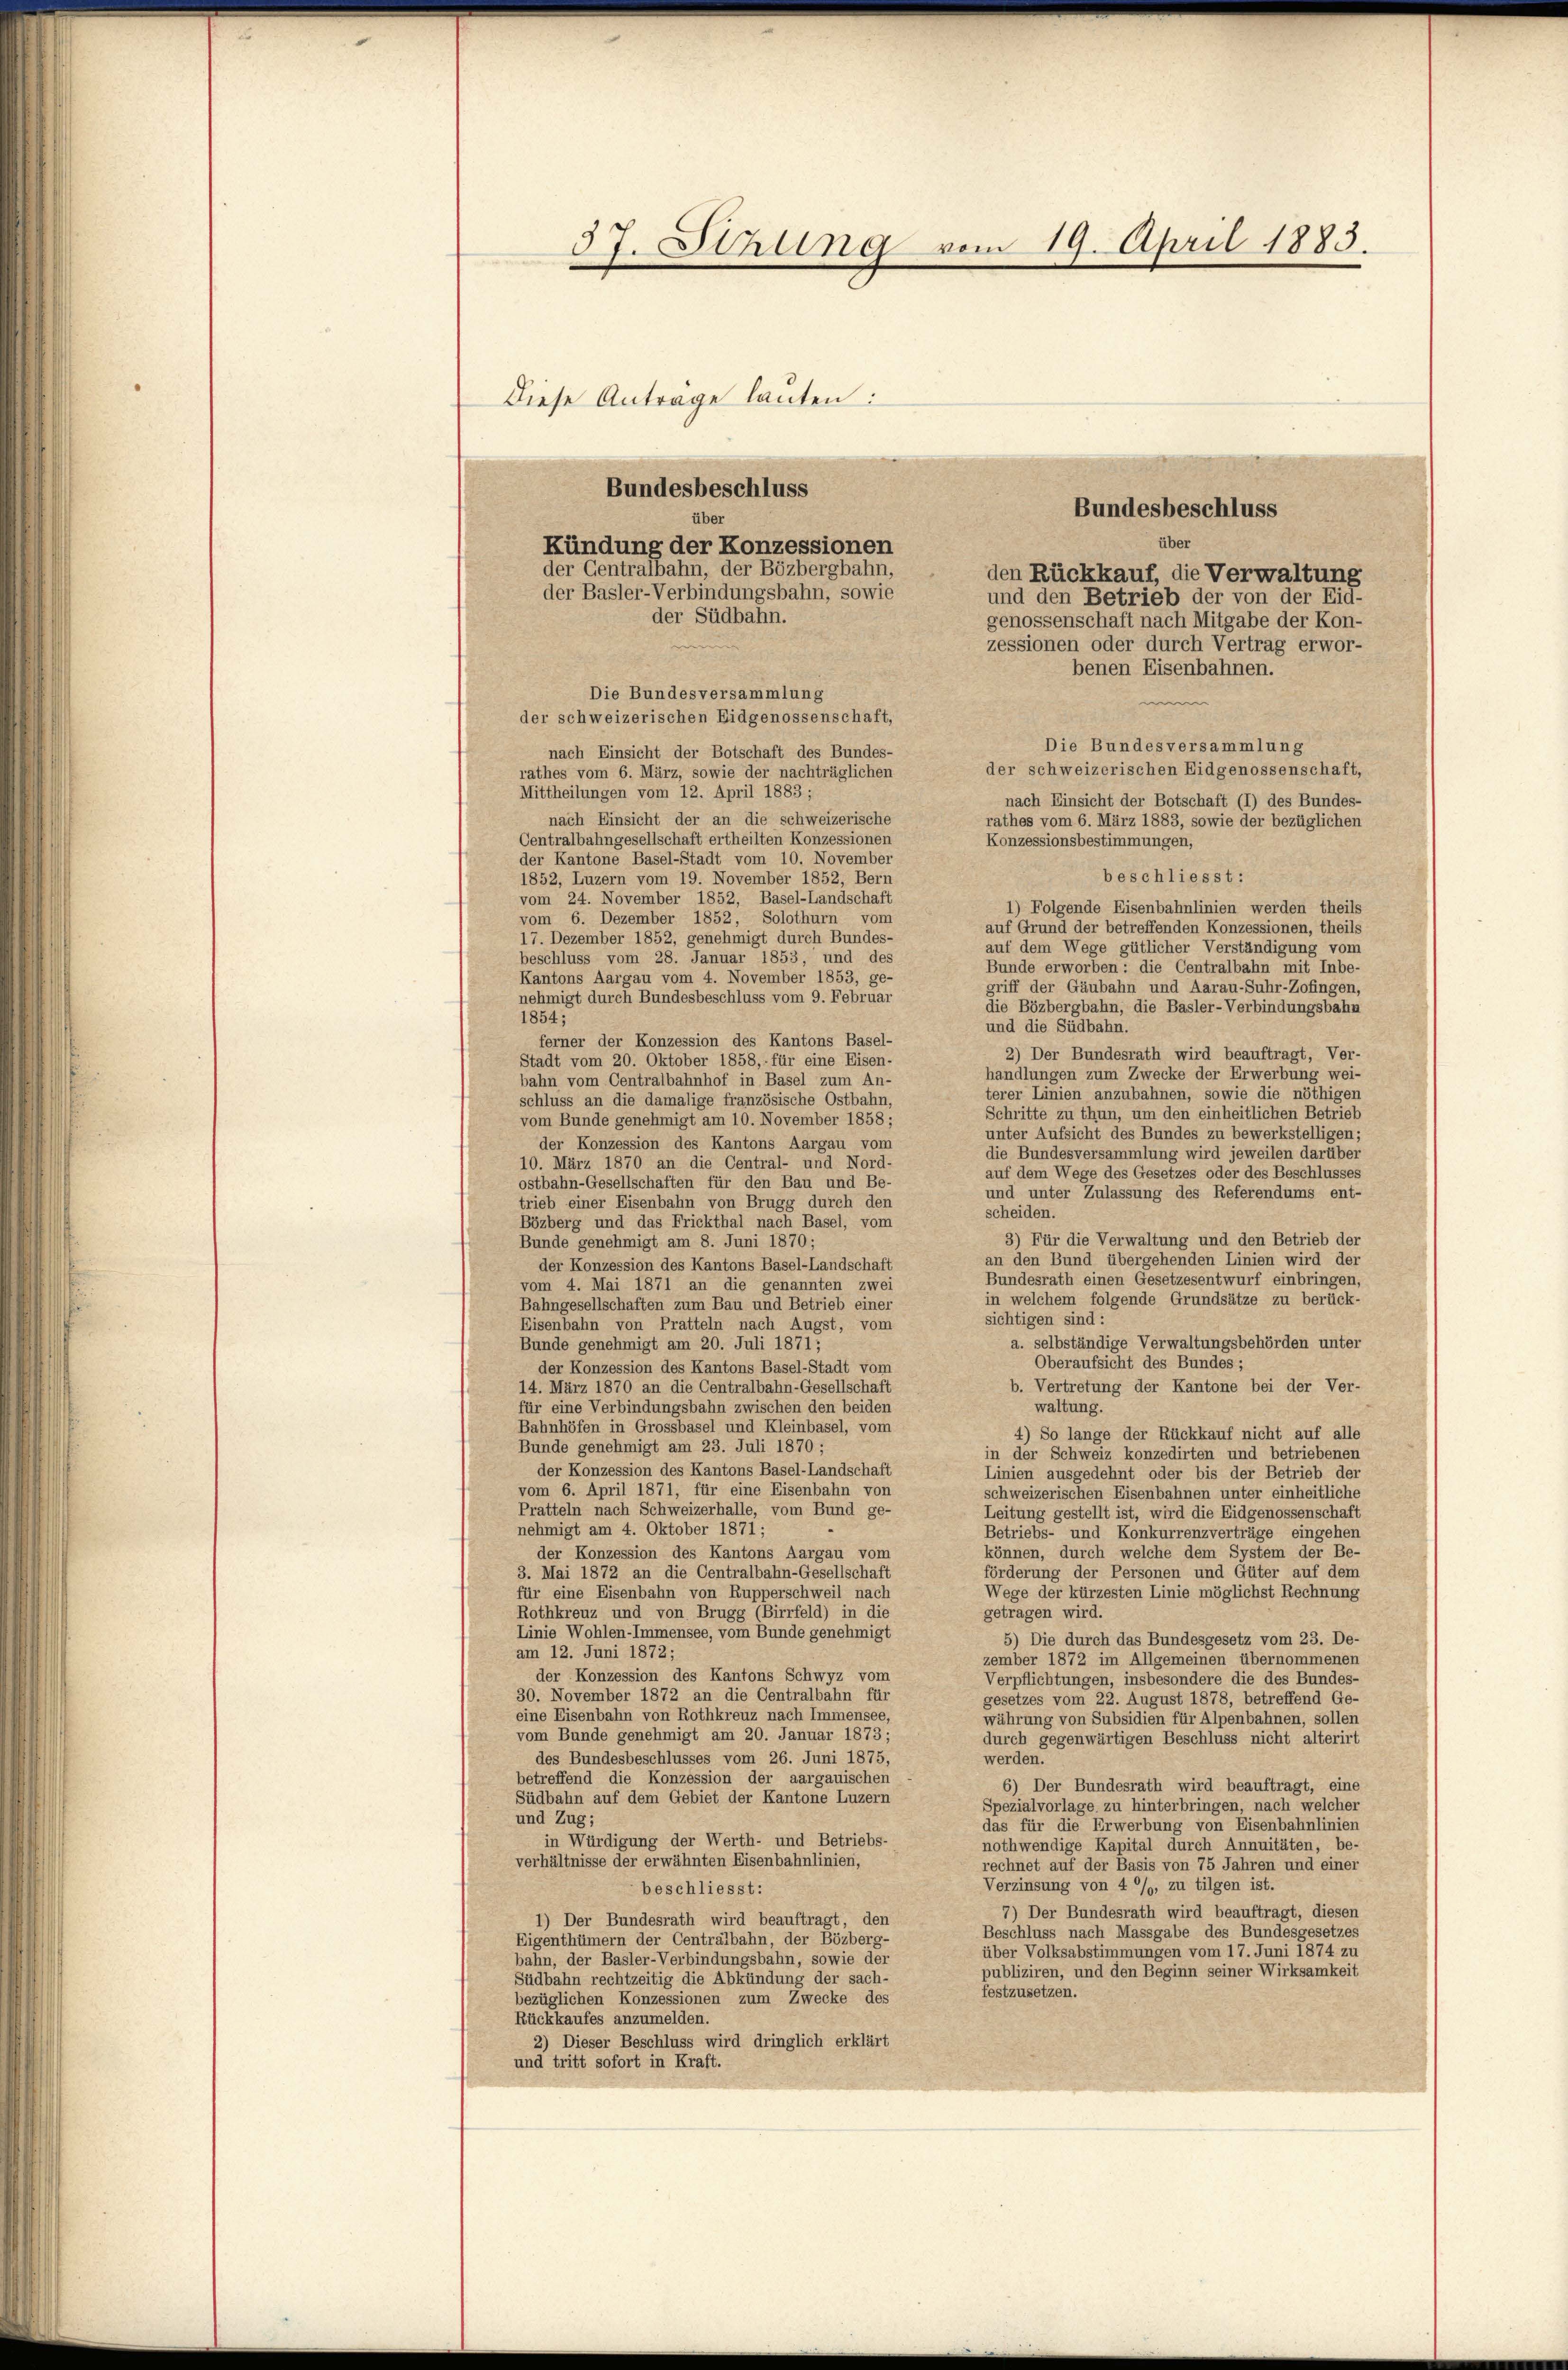
3 f. Ethling vom 19. April 1883.
Diese Antrage lauten:

Bundesbeschluss
über
den Rückkauf, die Verwaltung
und den Betrieb der von der Eid-
genossenschaft nach Mitgabe der Kon-
zessionen oder durch Vertrag erwor-
benen Eisenbahnen.
Die Bundesversammlung
der schweizerischen Eidgenossenschaft,
Die Bundesversammlung
nach Einsicht der Botschaft des Bundes-
der schweizerischen Eidgenossenschaft,
rathes vom 6. März, sowie der nachträglichen
Mittheilungen vom 12. April 1883;
nach Einsicht der Botschaft (1) des Bundes-
nach Einsicht der an die schweizerische
rathes vom 6. März 1883, sowie der bezüglichen
Centralbahngesellschaft ertheilten Konzessionen
Konzessionsbestimmungen,
der Kantone Basel-Stadt vom 10. November
beschliesst:
1852, Luzern vom 19. November 1852, Bern
vom 24. November 1852, Basel-Landschaft
1) Folgende Eisenbahnlinien werden theils
vom 6. Dezember 1852, Solothurn vom
auf Grund der betreffenden Konzessionen, theils
17. Dezember 1852, genehmigt durch Bundes-
auf dem Wege gütlicher Verständigung vom
beschluss vom 28. Januar 1853, und des
Bunde erworben: die Centralbahn mit Inbe-
Kantons Aargau vom 4. November 1853, ge-
griff der Gäubahn und Aarau-Suhr-Zofingen,
nehmigt durch Bundesbeschluss vom 9. Februar
die Bözbergbahn, die Basler-Verbindungsbahn
1854;
und die Südbahn.
ferner der Konzession des Kantons Basel-
2) Der Bundesrath wird beauftragt, Ver-
Stadt vom 20. Oktober 1858, für eine Eisen-
handlungen zum Zwecke der Erwerbung wei-
bahn vom Centralbahnhof in Basel zum An-
terer Linien anzubahnen, sowie die nöthigen
schluss an die damalige französische Ostbahn,
Schritte zu thun, um den einheitlichen Betrieb
vom Bunde genehmigt am 10. November 1858;
unter Aufsicht des Bundes zu bewerkstelligen;
der Konzession des Kantons Aargau vom
die Bundesversammlung wird jeweilen darüber
10. März 1870 an die Central- und Nord-
auf dem Wege des Gesetzes oder des Beschlusses
ostbahn-Gesellschaften für den Bau und Be-
und unter Zulassung des Referendums ent-
trieb einer Eisenbahn von Brugg durch den
scheiden.
Bözberg und das Frickthal nach Basel, vom
3) Für die Verwaltung und den Betrieb der
Bunde genehmigt am 8. Juni 1870;
an den Bund übergehenden Linien wird der
der Konzession des Kantons Basel-Landschaft
Bundesrath einen Gesetzesentwurf einbringen,
vom 4. Mai 1871 an die genannten zwei
in welchem folgende Grundsätze zu berück-
Bahngesellschaften zum Bau und Betrieb einer
sichtigen sind:
Eisenbahn von Pratteln nach Augst, vom
a. selbständige Verwaltungsbehörden unter
Bunde genehmigt am 20. Juli 1871;
Oberaufsicht des Bundes;
der Konzession des Kantons Basel-Stadt vom
b. Vertretung der Kantone bei der Ver-
14. März 1870 an die Centralbahn-Gesellschaft
für eine Verbindungsbahn zwischen den beiden
waltung.
Bahnhöfen in Grossbasel und Kleinbasel, vom
4) So lange der Rückkauf nicht auf alle
Bunde genehmigt am 23. Juli 1870;
in der Schweiz konzedirten und betriebenen
der Konzession des Kantons Basel-Landschaft
Linien ausgedehnt oder bis der Betrieb der
vom 6. April 1871, für eine Eisenbahn von
schweizerischen Eisenbahnen unter einheitliche
Pratteln nach Schweizerhalle, vom Bund ge-
Leitung gestellt ist, wird die Eidgenossenschaft
nehmigt am 4. Oktober 1871;
Betriebs- und Konkurrenzverträge eingehen
können, durch welche dem System der Be-
der Konzession des Kantons Aargau vom
förderung der Personen und Güter auf dem
3. Mai 1872 an die Centralbahn-Gesellschaft
Wege der kürzesten Linie möglichst Rechnung
für eine Eisenbahn von Rupperschweil nach
Rothkreuz und von Brugg (Birrfeld) in die
getragen wird.
Linie Wohlen-Immensee, vom Bunde genehmigt
5) Die durch das Bundesgesetz vom 23. De-
am 12. Juni 1872;
zember 1872 im Allgemeinen übernommenen
der Konzession des Kantons Schwyz vom
Verpflichtungen, insbesondere die des Bundes-
30. November 1872 an die Centralbahn für
gesetzes vom 22. August 1878, betreffend Ge-
eine Eisenbahn von Rothkreuz nach Immensee,
währung von Subsidien für Alpenbahnen, sollen
vom Bunde genehmigt am 20. Januar 1873;
durch gegenwärtigen Beschluss nicht alterirt
des Bundesbeschlusses vom 26. Juni 1875,
werden.
betreffend die Konzession der aargauischen
6) Der Bundesrath wird beauftragt, eine
Südbahn auf dem Gebiet der Kantone Luzern
Spezialvorlage zu hinterbringen, nach welcher
und Zug;
das für die Erwerbung von Eisenbahnlinien
in Würdigung der Werth- und Betriebs-
nothwendige Kapital durch Annuitäten, be-
verhältnisse der erwähnten Eisenbahnlinien,
rechnet auf der Basis von 75 Jahren und einer
Verzinsung von 4 %%, zu tilgen ist.
beschliesst:
7) Der Bundesrath wird beauftragt, diesen
1) Der Bundesrath wird beauftragt, den
Beschluss nach Massgabe des Bundesgesetzes
Eigenthümern der Centralbahn, der Bözberg-
über Volksabstimmungen vom 17. Juni 1874 zu
bahn, der Basler-Verbindungsbahn, sowie der
publiziren, und den Beginn seiner Wirksamkeit
Südbahn rechtzeitig die Abkündung der sach-
festzusetzen.
bezüglichen Konzessionen zum Zwecke des
Rückkaufes anzumelden.
2) Dieser Beschluss wird dringlich erklärt
und tritt sofort in Kraft.

Bundesbeschluss
iber
Kündung der Konzessionen
der Gentralbahn, der Bözbergbahn,
der Basler-Verbindungsbahn, sowie
der Südbahn.